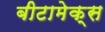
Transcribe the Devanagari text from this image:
बीटामेक्स